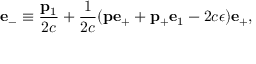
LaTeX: { \bf e } _ { - } \equiv \frac { { \bf p } _ { 1 } } { 2 c } + \frac { 1 } { 2 c } ( { \bf p } { \bf e } _ { + } + { \bf p _ { + } } { \bf e } _ { 1 } - 2 c \epsilon ) { \bf e } _ { + } ,